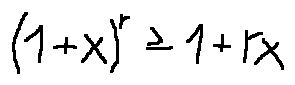
( 1 + x ) ^ { r } \geq 1 + r x